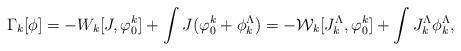
LaTeX: \begin{align*}\Gamma_k[\phi]=-W_k[J,\varphi_0^k]+\int J(\varphi_0^k+\phi_k^{\Lambda})=-{\mathcal W}_k [J_k^{\Lambda},\varphi_0^k]+\int J_k^{\Lambda}\phi_k^{\Lambda},\end{align*}